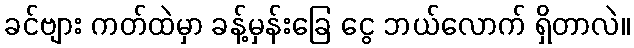
ခင်ဗျား ကတ်ထဲမှာ ခန့်မှန်းခြေ ငွေ ဘယ်လောက် ရှိတာလဲ။